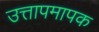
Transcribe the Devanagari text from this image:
उत्तापमापक